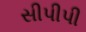
સીપીપી